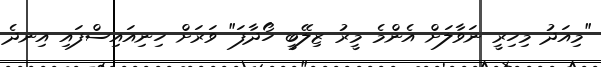
"މިއަދު މިހިރީ ނަވާލަށް އެންމެ މީރު ޒިލޭބީ ހޯދާފަ" ވަރަށް ހިނިއައިސްފައި އިނދެ